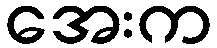
အေးက